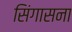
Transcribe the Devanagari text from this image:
सिंगासना